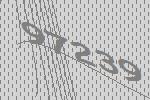
97239